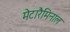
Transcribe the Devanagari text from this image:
मेटारैमिनाल